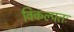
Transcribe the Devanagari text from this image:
विकल्पतः